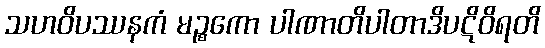
သဟဝိပဿနကံ မဉ္စကော ပါဏာတိပါတာဒိပဋိဝိရတိ